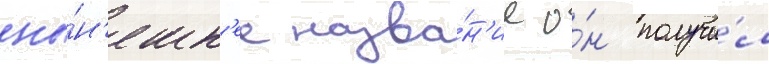
ны́н'ешн'ее назва́н'ие о́н получи́л